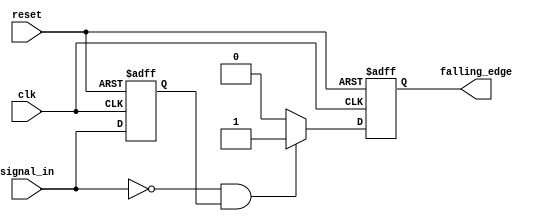
module falling_edge_detector (
    input wire clk,              // Clock signal
    input wire reset,            // Asynchronous reset
    input wire signal_in,        // Input signal to monitor
    output reg falling_edge      // Output signal indicating a falling edge
);

    // Memory block to store the previous state of the input signal
    reg previous_state;

    // Always block to handle state storage and edge detection
    always @(posedge clk or posedge reset) begin
        if (reset) begin
            previous_state <= 1'b0; // Initialize previous state on reset
            falling_edge <= 1'b0;    // Initialize output on reset
        end else begin
            // Falling edge detection logic
            if (signal_in == 1'b0 && previous_state == 1'b1) begin
                falling_edge <= 1'b1;  // Set output high for falling edge detected
            end else begin
                falling_edge <= 1'b0;   // Reset output if not a falling edge
            end
            
            // Update the previous state
            previous_state <= signal_in;
        end
    end

endmodule